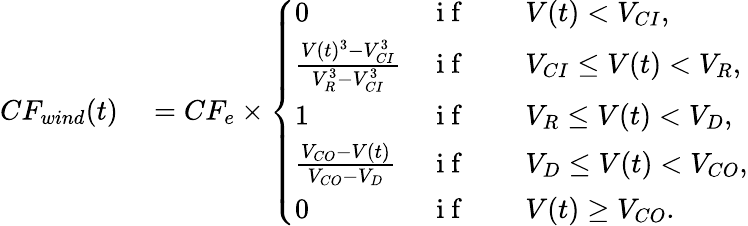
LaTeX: \begin{array}{rl}{CF_{wind}(t)}&{{}=CF_{e}\times\left\{ \begin{array}{ll}{0}&{\mathrm{~i~f~}\qquad V(t)<V_{CI},}\\ {\frac{V(t)^{3}-V_{CI}^{3}}{V_{R}^{3}-V_{CI}^{3}}}&{\mathrm{~i~f~}\qquad V_{CI}\leq V(t)<V_{R},}\\ {1}&{\mathrm{~i~f~}\qquad V_{R}\leq V(t)<V_{D},}\\ {\frac{V_{CO}-V(t)}{V_{CO}-V_{D}}}&{\mathrm{~i~f~}\qquad V_{D}\leq V(t)<V_{CO},}\\ {0}&{\mathrm{~i~f~}\qquad V(t)\geq V_{CO}.}\end{array}\right.}\end{array}